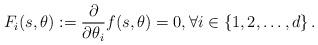
LaTeX: \begin{align*} F_i(s,\theta) := \frac{\partial}{\partial \theta_i} f(s,\theta) = 0 , \forall i \in \{1, 2, \ldots, d\} \,. \end{align*}